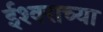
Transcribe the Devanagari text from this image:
ईश्‍वराच्या